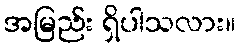
အမြည်း ရှိပါသလား။